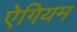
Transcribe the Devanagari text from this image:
ऐगियम